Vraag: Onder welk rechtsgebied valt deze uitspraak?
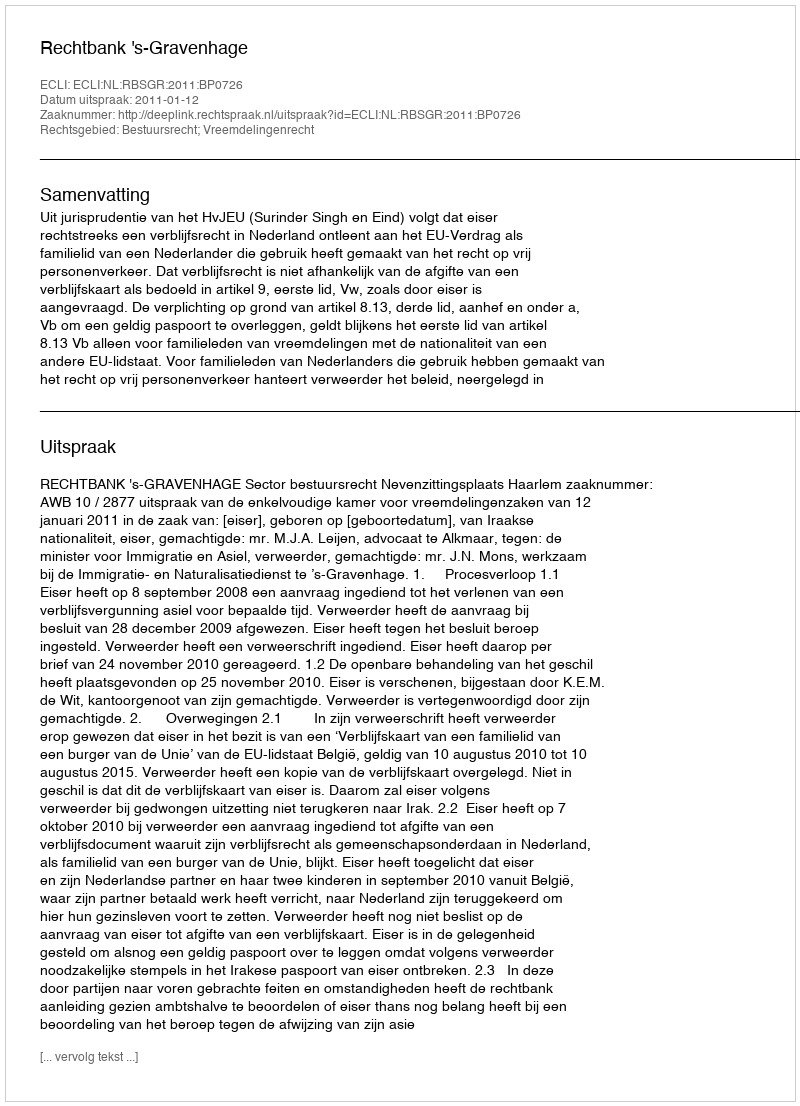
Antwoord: Bestuursrecht; Vreemdelingenrecht